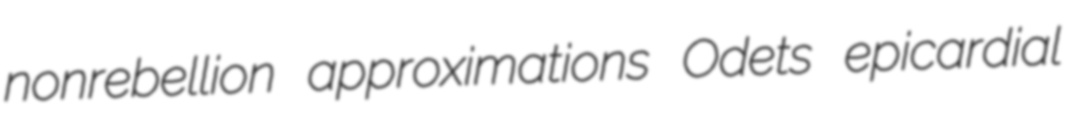
nonrebellion approximations Odets epicardial